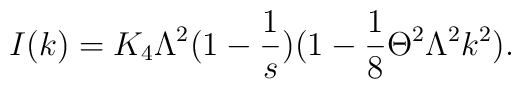
I(k)=K_4\Lambda^{2}(1-\frac{1}{s})(1-\frac{1}{8}\Theta^2\Lambda^2 k^2).